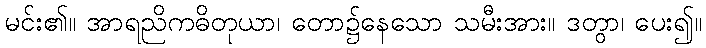
မင်း၏။ အာရညိကဓိတုယာ၊ တော၌နေသော သမီးအား။ ဒတွာ၊ ပေး၍။